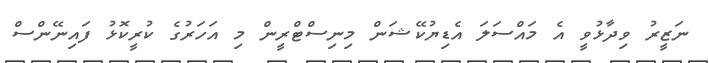
ނަޒީރު ވިދާޅުވީ އެ މައްސަލަ އެޑިޔުކޭޝަން މިނިސްޓްރީން މި އަހަރުގެ ކުރީކޮޅު ފައިނޭންސް